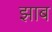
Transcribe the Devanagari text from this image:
झाब